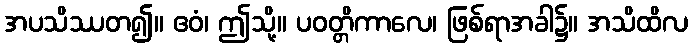
အပသိဿတ၍။ ဧဝံ၊ ဤသို့။ ပဝတ္တိကာလေ၊ ဖြစ်ရာအခါ၌။ အသိထိလ